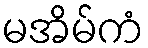
မအိမ်ကံ